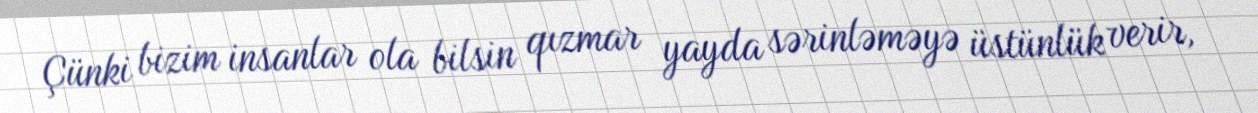
Çünki bizim insanlar ola bilsin qızmar yayda sərinləməyə üstünlük verir,